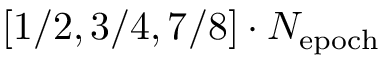
[ 1 / 2 , 3 / 4 , 7 / 8 ] \cdot N _ { \mathrm { e p o c h } }